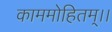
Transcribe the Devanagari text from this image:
काममोहितम्।।